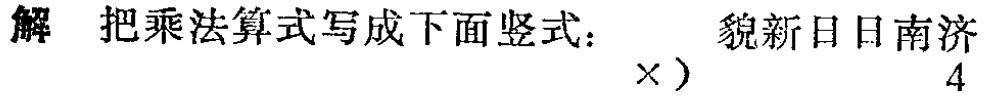
解 把乘法算式写成下面竖式：$\begin{array}{r} 貌新日日南济\\ \times )\ \ \ \ \ \ \ \ \ \ \ \ \ 4\end{array}$